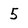
Character: 5